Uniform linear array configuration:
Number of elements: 4
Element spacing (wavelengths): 0.5
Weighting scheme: hann
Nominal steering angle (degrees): -30
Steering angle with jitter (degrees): -31.775
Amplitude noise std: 0.05
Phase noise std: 0.05

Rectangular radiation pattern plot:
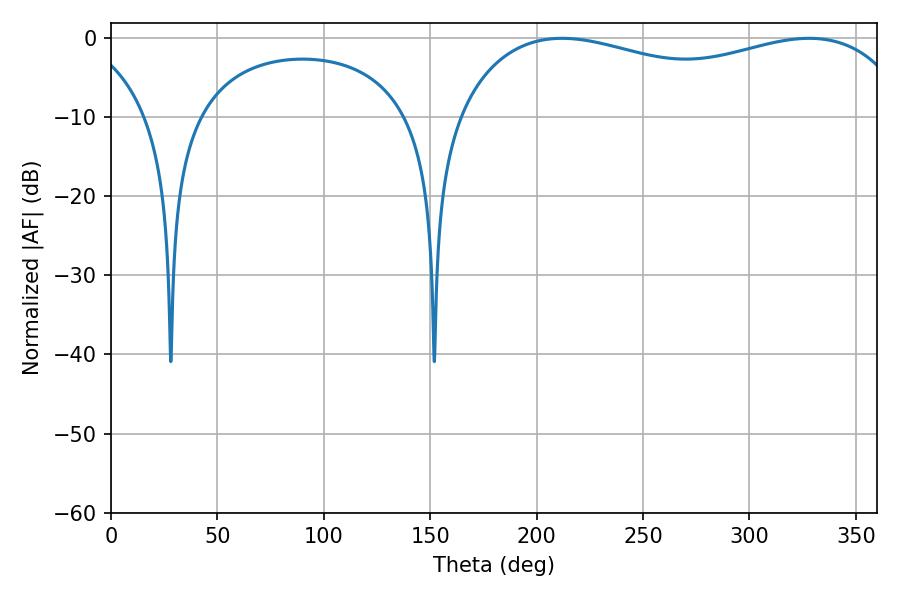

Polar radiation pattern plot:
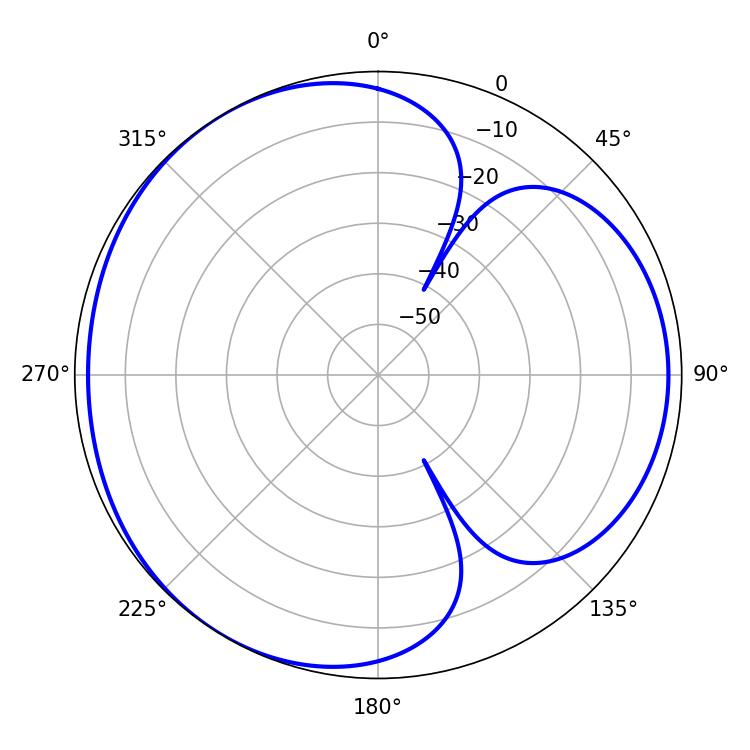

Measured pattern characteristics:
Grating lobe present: FALSE
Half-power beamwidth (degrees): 176.4
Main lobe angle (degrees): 211.86